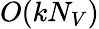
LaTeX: O(kN_{V})